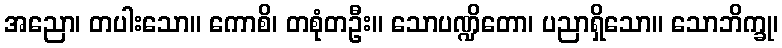
အညော၊ တပါးသော။ ကောစိ၊ တစုံတဦး။ သောပဏ္ဍိတော၊ ပညာရှိသော။ သောဘိက္ခု၊